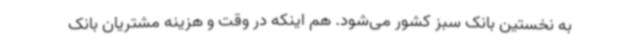
به نخستین بانک سبز کشور می‌شود. هم اینکه در وقت و هزینه مشتریان بانک